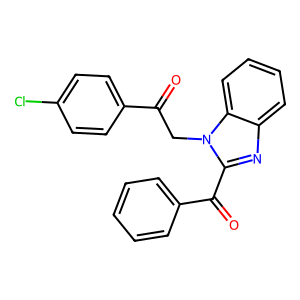
SMILES: O=C(Cn1c(C(=O)c2ccccc2)nc2ccccc21)c1ccc(Cl)cc1
Inhibits HIV replication: No